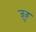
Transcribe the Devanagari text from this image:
ज़ुज़